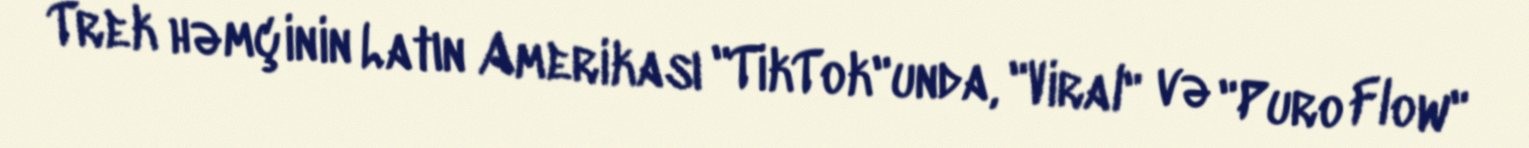
Trek həmçinin Latın Amerikası "TikTok"unda, "Viral" və "Puro Flow"